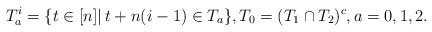
LaTeX: \begin{align*}T^i_a = \{t\in [n]|\,t+n(i-1)\in T_a\}, T_0 = (T_1\cap T_2)^c, a=0,1,2.\end{align*}